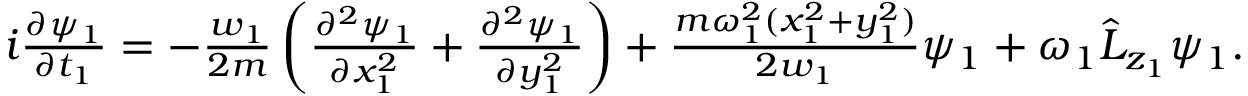
\begin{array} { r } { i \frac { \partial \psi _ { 1 } } { \partial t _ { 1 } } = - \frac { w _ { 1 } } { 2 m } \left( \frac { \partial ^ { 2 } \psi _ { 1 } } { \partial x _ { 1 } ^ { 2 } } + \frac { \partial ^ { 2 } \psi _ { 1 } } { \partial y _ { 1 } ^ { 2 } } \right) + \frac { m \omega _ { 1 } ^ { 2 } ( x _ { 1 } ^ { 2 } + y _ { 1 } ^ { 2 } ) } { 2 w _ { 1 } } \psi _ { 1 } + \omega _ { 1 } \hat { L } _ { z _ { 1 } } \psi _ { 1 } . } \end{array}